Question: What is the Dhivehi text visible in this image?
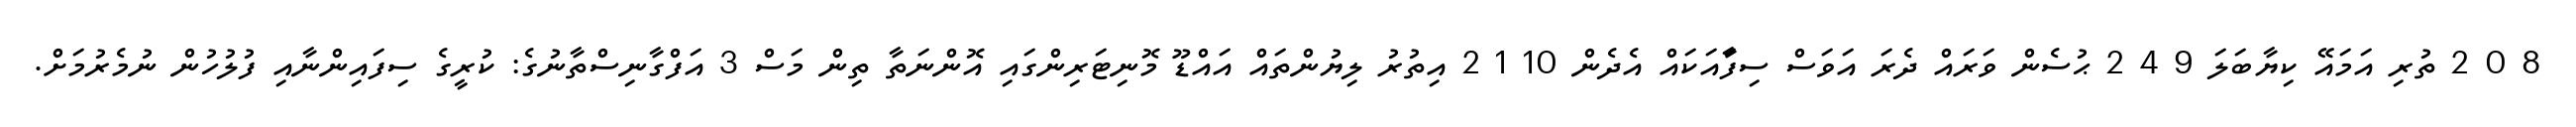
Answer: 8 0 2 ތުރި އަމައޭ ކިޔާބަލަ 9 4 2 ޙުސެން ވަރައް ދެރަ އަވަސް ސިފަާއަކައް އެދެން 10 1 2 އިތުރު ލިޔުންތައް އައްޑޫ މޮނިޓަރިންގައި އޮންނަތާ ތިން މަސް 3 އަފްގާނިސްތާނުގެ: ކުރީގެ ސިފައިންނާއި ފުލުހުން ނުމެރުމަށް.